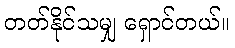
တတ်နိုင်သမျှ ရှောင်တယ်။